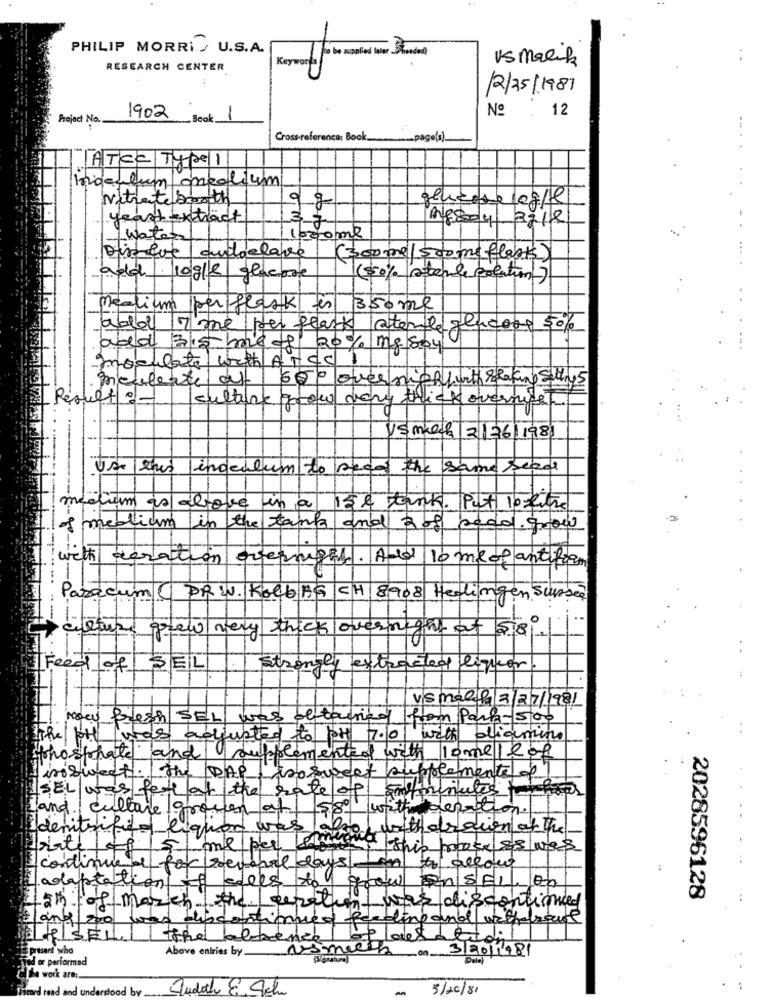
PHILIP MORRI./ U.S.A.
Keywords
15 mark
RESEARCH CENTER
12/25/1981
Nº
12
Project No.
1902
Book_
1
Cross-reference: Book.
page(s)
ATCC Typel
indeulum medium
Nitrate Broth
g
yeast tract
200ml
-
water
...
Disque autoclave
(300ml/ scoms flasks)
add. logle glucose
(50% sitende solution)
Medium per flask fer
350 ml
abd I'me per flask atende glucose 50%
abd 315 me -f 20% mg 804
moculate with ATCC 1
. mouleste at
600 over nightwith Stafing sally5
_Result : -
culture grow veny thick overnite
Vsmka 2/36/1981
Use eris
inoculum to see
the same scade
medium as above
in a
15& tank. Put 10 litre
of medium in the tank and 3 of padd grow
with aeration overnight. And lo me of antiform
Paracum( PR W. Kolb AG CH 8908 Hedingen Surser
-
culture
ewinery thick overnight at 58 .
Feed of SEL
Strongly extracted liquor
vis malta 2/27/1981
Now fresh SEL was ditacried
from Park-500
The pot was adjusted to PH 7.0 with diamine
phosphate and supplemented with 10mellof
insweet. The DAP inosureet supplemente f
ISEL was for at the rate of smitminutes
and culture grown at 580
with
denitrific- liquor was als
with drain of the
me per ermione
1 ite
....
continue a for several days
adaptation of sales to g
ansEl. on
was discontinued
2028596128
5th of march the geralim
Lang 20 was discontinued feeding and withdraws
I SEL tthe abbence of desaludil
present who
Above entries by_
usmiech
3/2011981
od or performed
De work ares
beard read and understood by_
Judah E Ach
5/20/81